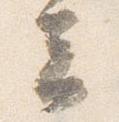
云